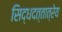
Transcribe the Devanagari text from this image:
सिद्धदत्तात्रेय